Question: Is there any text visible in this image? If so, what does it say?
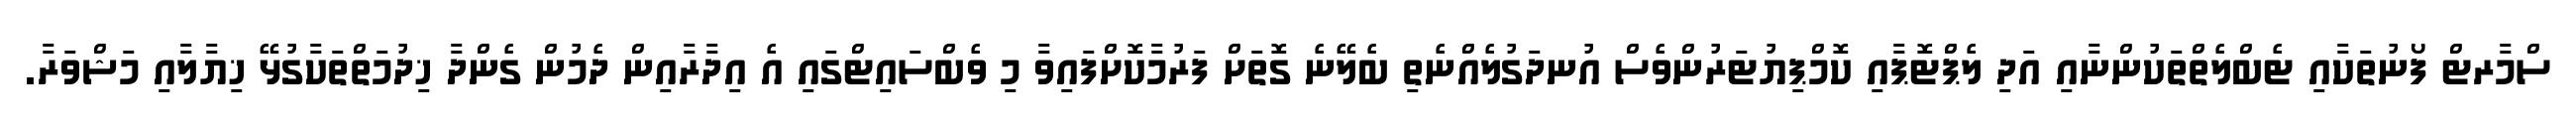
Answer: ސްމާރޓް ފޯނުތަކާއި ޓެބްލެތްތަކުންނާއި އަދި ލެޕްޓޮޕާއި ކޮމްޕިޔުޓަރުންވެސް އުނދަގުލެއްނެތި ބެލޭނެ ގޮތަށް ފަރުމާކޮށްފައިވާ މި ވެބްސައިޓްގައި އެ އިދާރާއިން ދެމުން ގެންދާ ޚިދުމަތްތަކާގުޅޭ ޚިޔާލާއި މަޝްވަރާ.